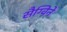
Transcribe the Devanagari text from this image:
सैग्विने